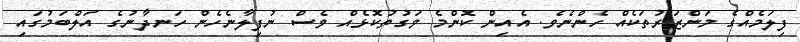
ފިލަމެއްގެ މަންޒަރުތަކެއް ހެންނެވެ. އެއިން ކޮންމެ ވަގުތުކޮޅެއް ވެސް ނުފިލާނެހެން ހަނދާނުގެ އަލްބަމުގައި